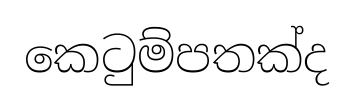
කෙටුම්පතක්ද